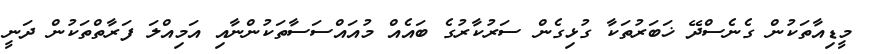
މީޑިއާތަކުން ގެނެސްދޭ ޚަބަރުތަކާ ގުޅިގެން ސަރުކާރުގެ ބައެއް މުއައްސަސާތަކުންނާއި އަމިއްލަ ފަރާތްތަކުން ދަނީ